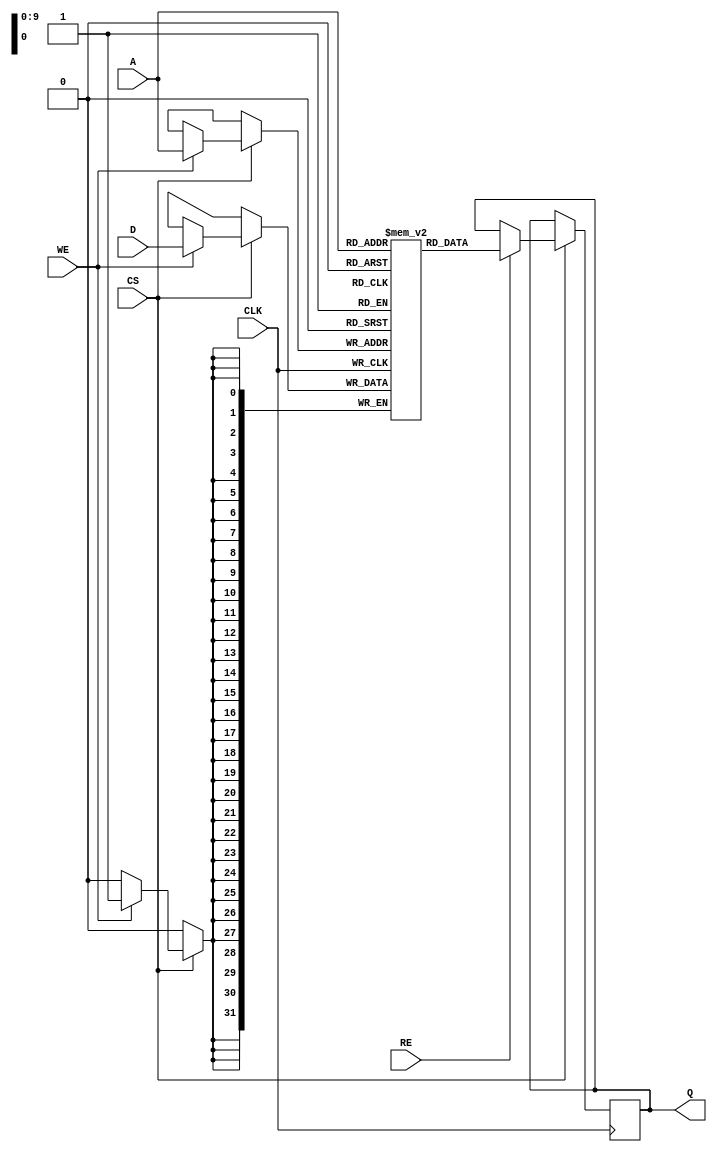
module eSRAM #(
    parameter DATA_WIDTH = 32,  // Configurable data width (8, 16, 32 bits)
    parameter ADDR_WIDTH = 10    // Address width (for depth = 2^ADDR_WIDTH)
)(
    input wire                  CLK,    // Clock input
    input wire                  CS,     // Chip select
    input wire                  WE,     // Write enable
    input wire                  RE,     // Read enable
    input wire [ADDR_WIDTH-1:0] A,     // Address input
    input wire [DATA_WIDTH-1:0] D,     // Data input
    output reg [DATA_WIDTH-1:0] Q      // Data output
);

    // Memory array declaration
    reg [DATA_WIDTH-1:0] memory [(2**ADDR_WIDTH)-1:0];

    // Read and Write operations
    always @(posedge CLK) begin
        if (CS) begin
            if (WE) begin
                // Write operation
                memory[A] <= D;
            end
            if (RE) begin
                // Read operation
                Q <= memory[A];
            end
        end
    end

endmodule